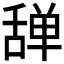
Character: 𰰆